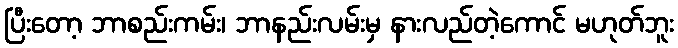
ပြီးတော့ ဘာစည်းကမ်း၊ ဘာနည်းလမ်းမှ နားလည်တဲ့ကောင် မဟုတ်ဘူး